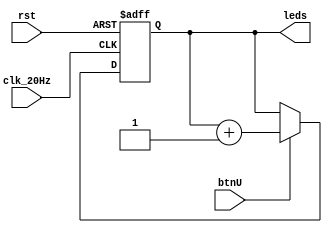
`timescale 1ns / 1ps


module led_cntl(
    clk_20Hz,   //|<i
    rst,        //|<i
    btnU,       //|<i
    leds        //|>o
);

    input clk_20Hz;
    input btnU;
    input rst;
    output reg [3:0] leds;

    initial begin
        leds=0;
    end

    always @(posedge clk_20Hz or posedge rst) begin
        if(rst) begin
            leds=15;
        end
        else begin
            if (btnU) begin
                leds=leds+1;
            end
        end
    end


endmodule